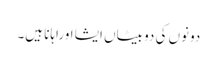
دونوں کی دو بیٹاں ایشا اوراہانا ہیں۔